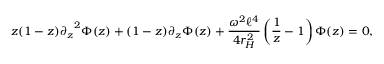
z ( 1 - z ) { \partial _ { z } } ^ { 2 } \Phi ( z ) + ( 1 - z ) \partial _ { z } \Phi ( z ) + \frac { \omega ^ { 2 } \ell ^ { 4 } } { 4 r _ { H } ^ { 2 } } \left( \frac { 1 } { z } - 1 \right) \Phi ( z ) = 0 ,